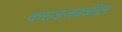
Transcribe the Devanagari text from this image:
कराडजवळील